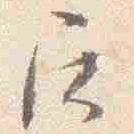
尼